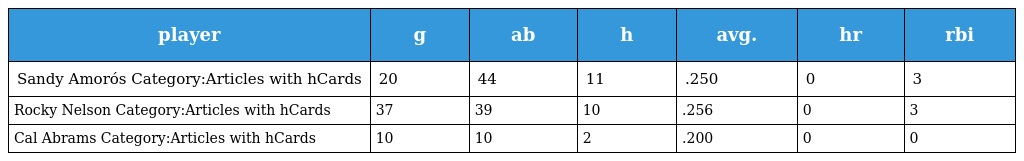
| player | g | ab | h | avg. | hr | rbi |
 | --- | --- | --- | --- | --- | --- | --- |
 | Sandy Amorós Category:Articles with hCards | 20 | 44 | 11 | .250 | 0 | 3 |
 | Rocky Nelson Category:Articles with hCards | 37 | 39 | 10 | .256 | 0 | 3 |
 | Cal Abrams Category:Articles with hCards | 10 | 10 | 2 | .200 | 0 | 0 |